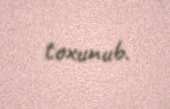
toxunub.